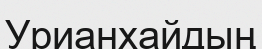
Урианхайдың